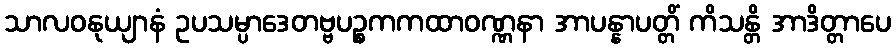
သာလဝနုယျာနံ ဥပသမ္ပာဒေတဗ္ဗပဉ္စကကထာဝဏ္ဏနာ အာပန္နာပတ္တိံ ကိသန္တိ အာဒိတ္တာပေ